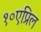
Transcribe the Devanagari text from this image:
१०एप्रिल